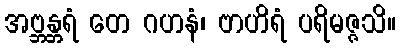
အဗ္ဘန္တရံ တေ ဂဟနံ၊ ဗာဟိရံ ပရိမဇ္ဇသိ။